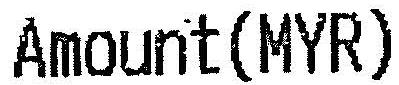
AMOUNT(MYR)